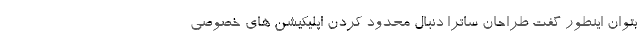
بتوان اینطور گفت طراحان ساترا دنبال محدود کردن اپلیکیشن های خصوصی